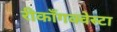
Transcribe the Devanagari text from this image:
रीकाँगक्वेस्टा